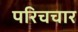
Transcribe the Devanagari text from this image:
परिचचार